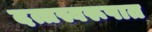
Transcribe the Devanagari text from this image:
दत्तस्वरूपात